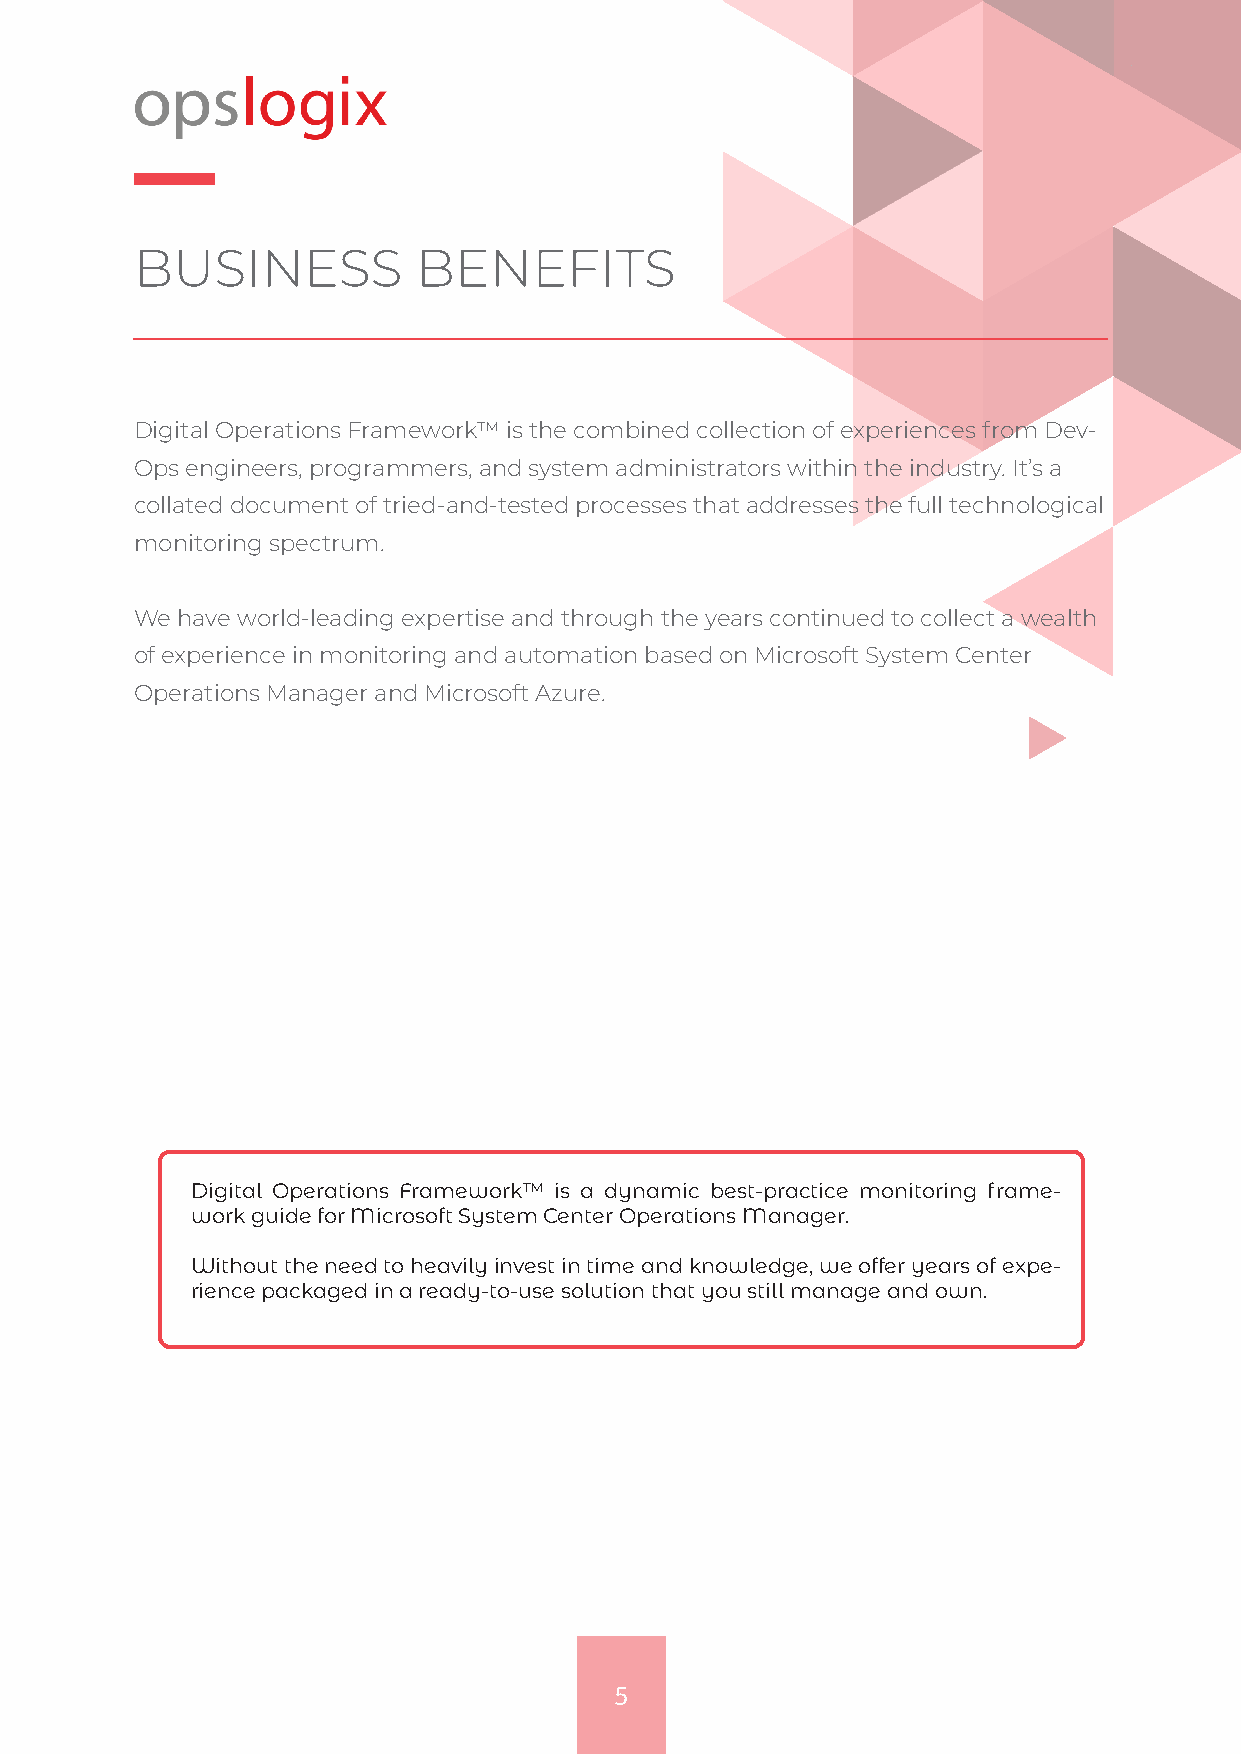
BUSINESS           BENEFITS
 Digital Operations Framework™ is the combined collection of experiences from Dev-
 Ops engineers, programmers, and system administrators within the industry. It’s a
 collated document of tried-and-tested processes that addresses the full technological
 monitoring spectrum.
 We have world-leading expertise and through the years continued to collect a wealth
 of experience in monitoring and automation based on Microsoft System Center
 Operations Manager and Microsoft Azure.
 Digital Operations Framework™ is a dynamic best-practice monitoring frame-
 work guide for Microsoft System Center Operations Manager.
 Without the need to heavily invest in time and knowledge, we offer years of expe-
 rience packaged in a ready-to-use solution that you still manage and own.
 5